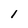
Character: l